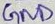
Text: GND